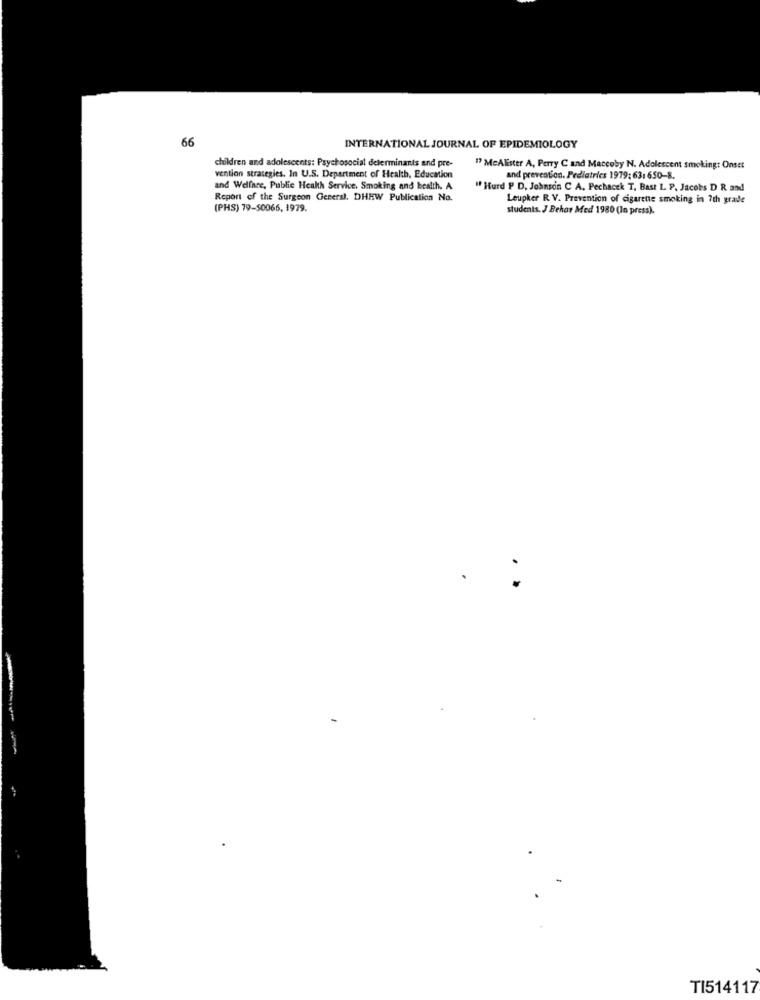
66
INTERNATIONAL JOURNAL OF EPIDEMIOLOGY
children and adolescents: Psychosocial determinants and pre-
17 MeAlister A, Perry C and Maccoby N. Adolescent smoking: Onset
vention strategies. In U.S. Department of Health, Education
and prevention. Pediatrics 1979: 631 650-8.
and Welfare, Public Health Service. Smoking and health. A
" Hurd P D, Johnson C A. Pechacek T, Bast L. P. Jacobs D R and
Report of the Surgeon General. DHHW Publication No.
Leupker R V. Prevention of cigarette smoking in 7th grade
(PHS) 79-50066, 1979.
students. J Behar Med 1980 (In press).
TI514117